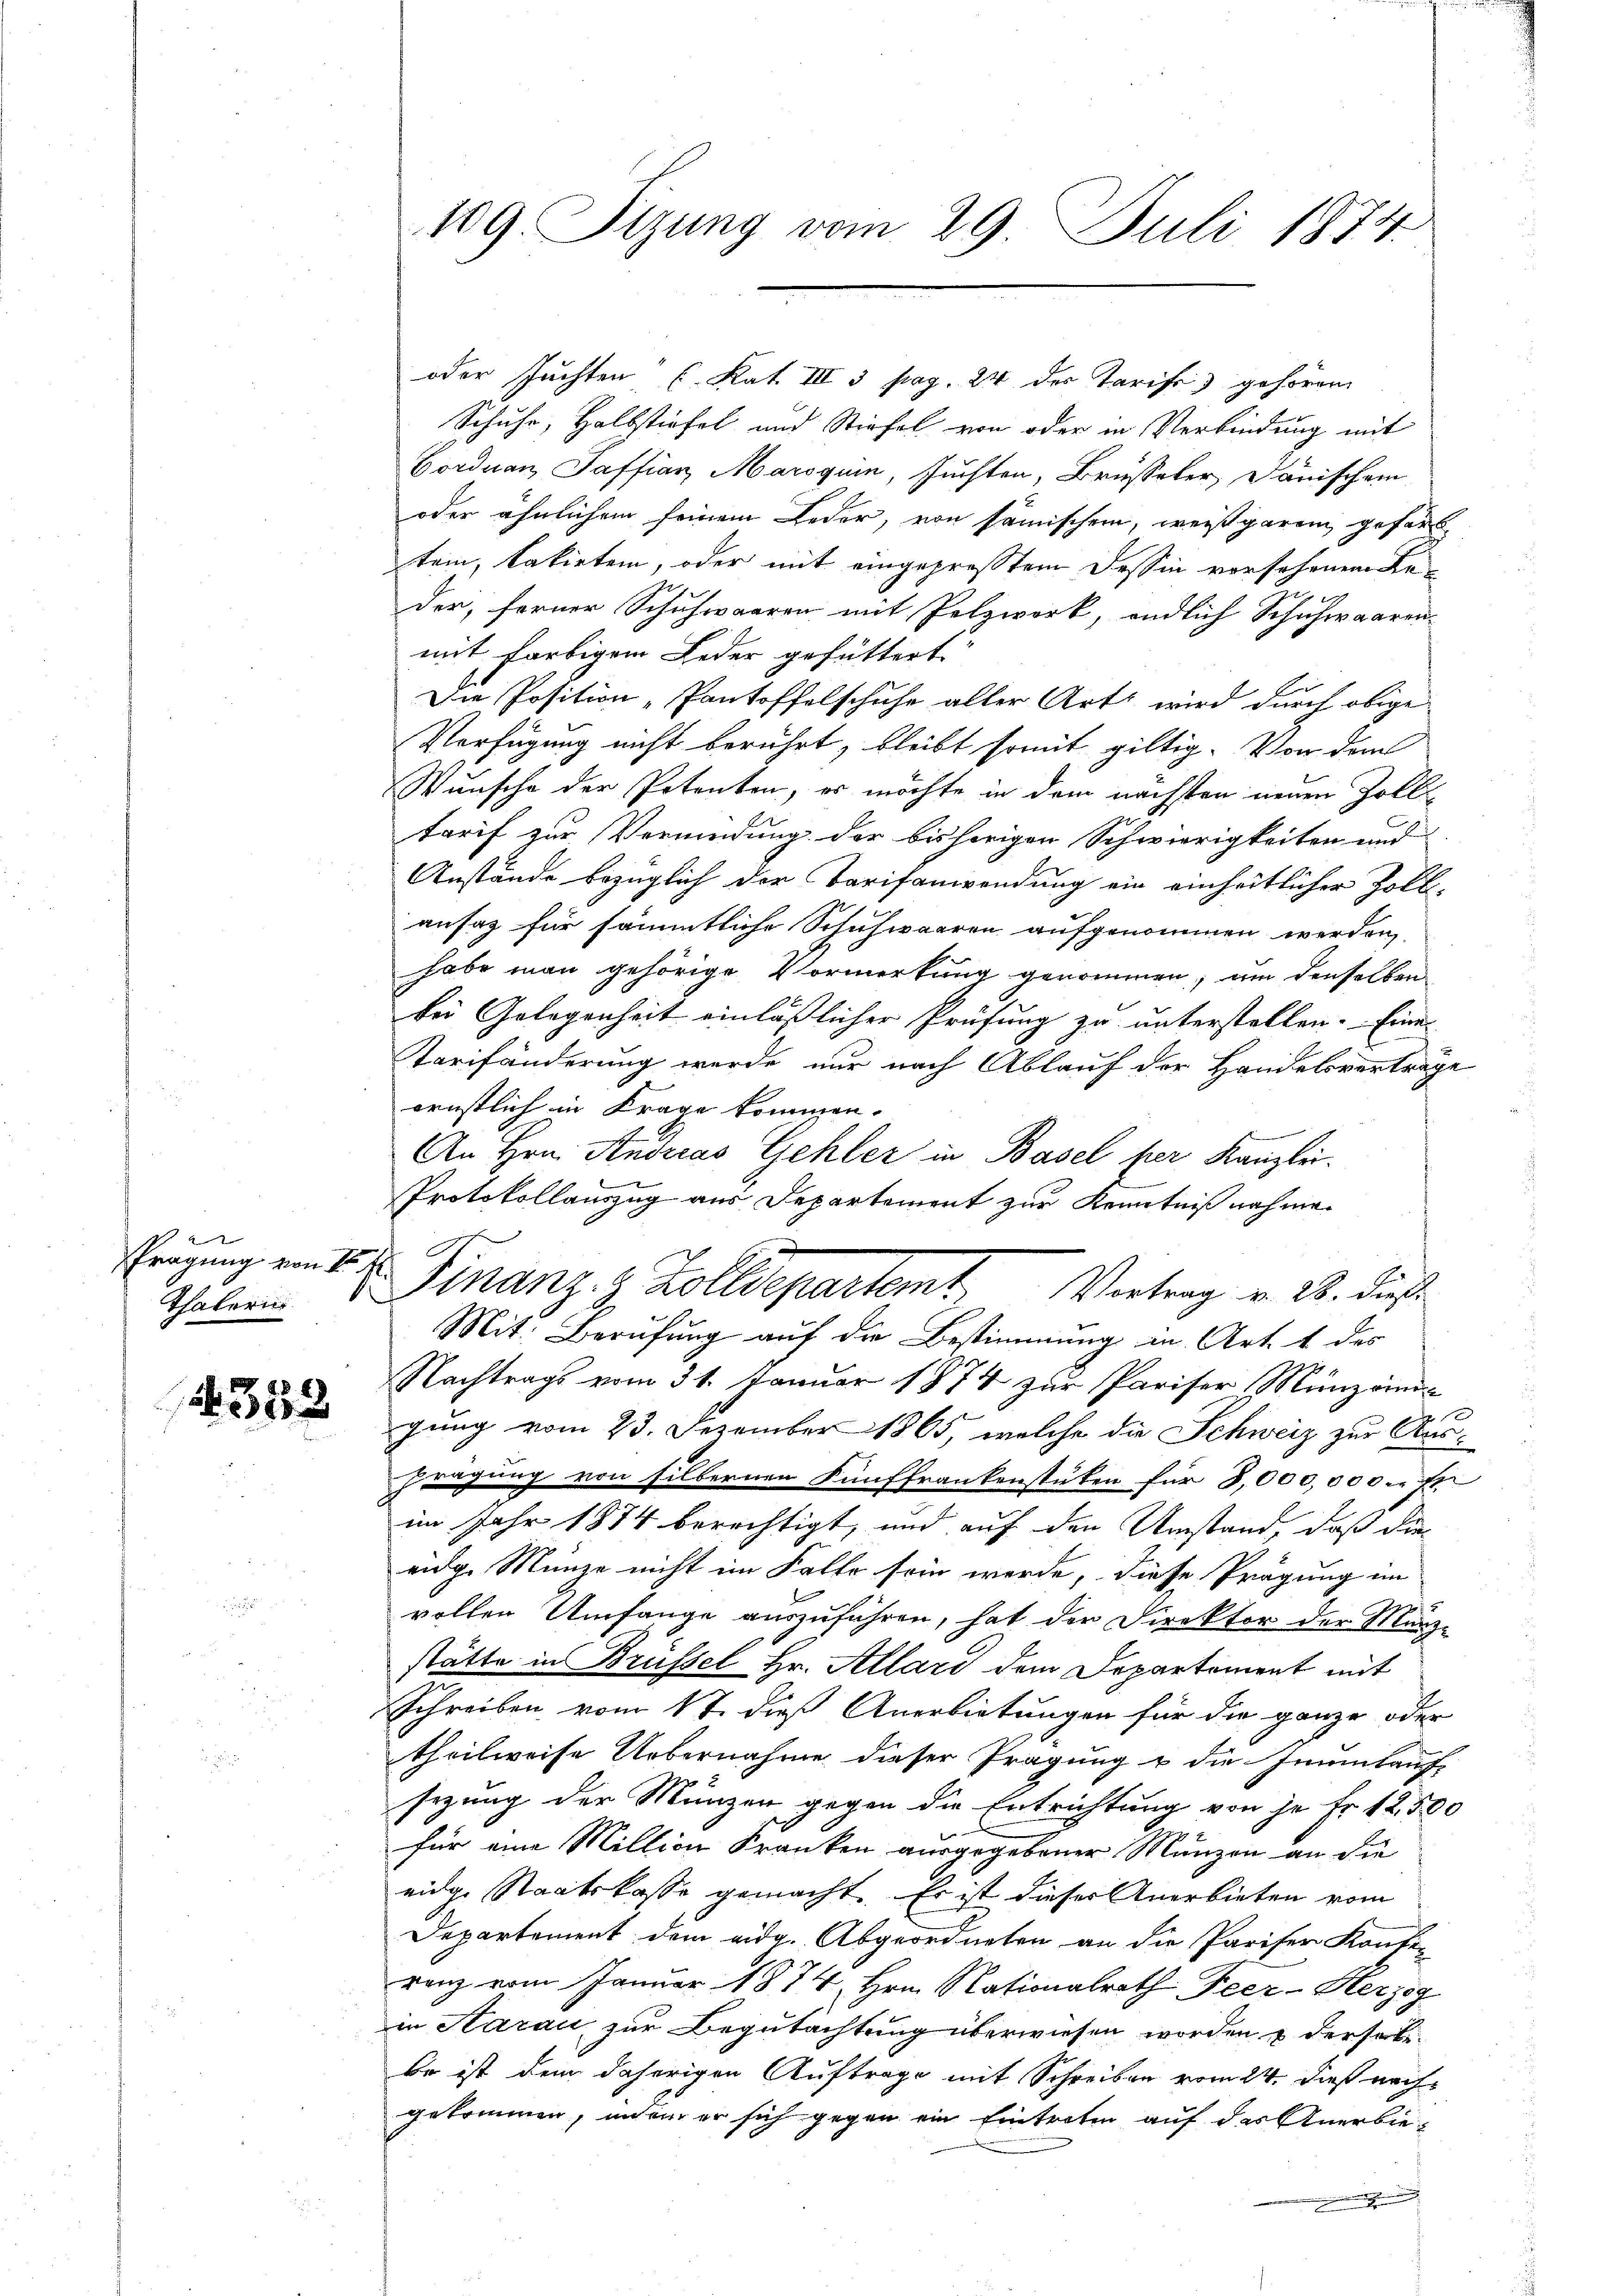
Prägung von V

350

109. Sizung vom 29. Juli 1874

oder Zuchten (Kat III 3 pag. 24 des Tarife gehören
Schuhr, Halbstiefel und Stiefel von oder in Verbindung mit
Gorduan, Saffian, Maroguin, Zuchten, Brüsseler, Dänischem
oder ähnlichem seinem Leder, von sämischen, weiß garen gefärb
tem, kakirten, oder mit eingepreßtem Tessin vorsehenen Le-
Fo
der, ferner Schuhwaaren mit Pelzwerk, endlich Schuhwaaren-
mit farbigem Leder gefüttert
Die Position, Pantoffelschuhe aller Art, wird durch obige
Verfügung nicht berührt, bleibt somit giltig. Von dem
Wunsche der Petenton, er möchte in dem nächsten neuen Zoll
tarif zur Vermüdung der bisherigen Schwierigkeiten und
Anstände bezüglich der Tarifanwendung ein einheitlicher Zoll-
ansaz für sämmtliche Schuhwaaren aufgenommen werden,
habe man gehörige Vormerkung genommen, um denselben
bei Gelegenheit einläßlicher Prüfung zu unterstellen. Eine
Tarifänderung werde nur nach Ablauf der Handelsverträge
ernstlich in Frage kommen.
An Hrn. Andreas Gehler in Basel per Kanzlei.
Protokollauszug aus Departement zur Kenntniß nahme
.
Mit. Berufung auf die Bestimmung in Art. 1 des
Nachtrags vom 31. Januar 1874 zur Pariser Münzänn-
gung vom 23. Dezember 1865, welche die Schweiz zur Ausprägung von silbernen Fünffrankenstuten für 8,000,000 l. Er
im Jahr 1874 berechtigt, und auf den Umstand, daß die
eidg. Münze nicht im Falle sein werde, diese Prägung im
vollen Umfange auszuführen, hat der Direktor der Münz-
stätte in Brüssel Hr. Allard dem Departement mit
Schreiben vom 17. dieß Anerbietungen für die ganze oder
theilweise Uebernahme dieser Prägung u die Jnumtauf
sezung der Münzen gegen die Entrichtung von je Fr. 12500
für eine Million Kranken ausgegebener Münzen an die
eidge Staatskasse gemacht. Es ist dieser Anerbieten vom
Departement dem eidg. Abgeordneten an die Pariser Konfe-
renz vom Januar 1874. Hrn. Nationalrath Feer-Herzog
in Aarau zur Begutachtung überwiesen worden & derselbe
be ist dem daherigen Auftrage mit Schreiben vom 24. dieß nach
gekommen, indem er sich gegen ein Eintreten auf das Anerbie¬

Thaler 1. Finanz. v. Zolldepartemt. Vertrag v. 28. dieß